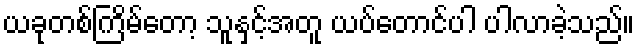
ယခုတစ်ကြိမ်တော့ သူနှင့်အတူ ယပ်တောင်ပါ ပါလာခဲ့သည်။